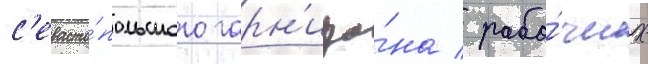
с'евасто́польского гарн'изо́на / рабо́чих